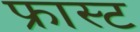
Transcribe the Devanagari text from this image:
फ्रास्ट